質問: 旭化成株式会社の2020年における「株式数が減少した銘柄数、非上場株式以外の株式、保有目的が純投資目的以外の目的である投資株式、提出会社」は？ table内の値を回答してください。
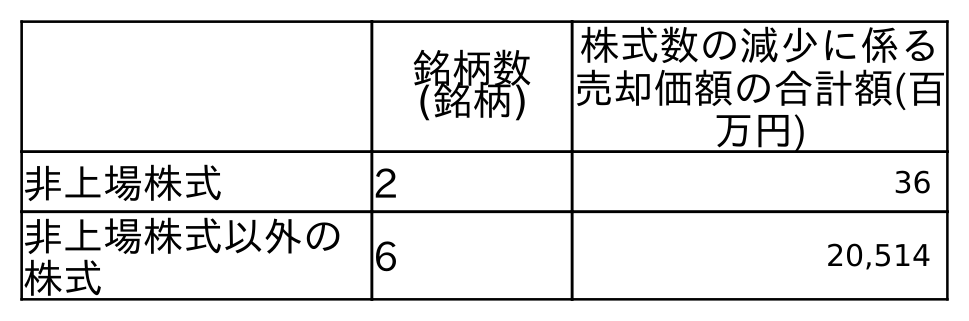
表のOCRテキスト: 銘柄数 (銘柄) 株式数の減少に係る 売却価額の合計額(百 万円) 非上場株式 2 36 非上場株式以外の 株式 6 20,514
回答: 6